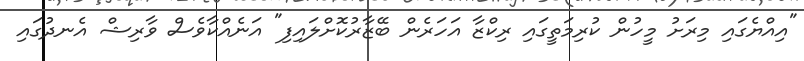
"އިއްޔެގައި މިރަށު މީހުން ކުރިމަތީގައި ރިކްޒާ އަހަރެން ބޭޒާރުކޮށްލައިފި" އަނެއްކާވެސް ވާރިޝް އެނދުގައި